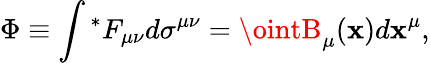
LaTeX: \Phi\equiv\int{}^{*}F_{\mu\nu}d\sigma^{\mu\nu}=\ointB_{\mu}(\mathbf{x})d\mathbf{x}^{\mu},